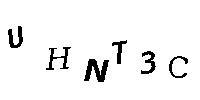
UHNT3C